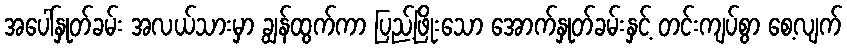
အပေါ်နှုတ်ခမ်း အလယ်သားမှာ ချွန်ထွက်ကာ ပြည့်ဖြိုးသော အောက်နှုတ်ခမ်းနှင့် တင်းကျပ်စွာ စေ့လျက်